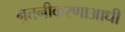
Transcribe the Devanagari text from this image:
नुतनीकरणाआधी